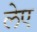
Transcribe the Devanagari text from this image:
लेए